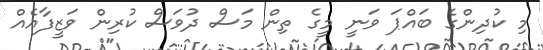
މި ކުދިންގެ ބައްޕަ ވަނީ މީގެ ތިން މަސް ދުވަސް ކުރިން ވަޒީފާއެއް